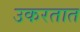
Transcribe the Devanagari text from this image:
उकरतात